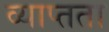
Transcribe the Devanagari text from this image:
व्याप्तता